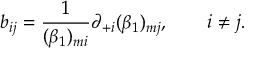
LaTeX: b _ { i j } = \frac { 1 } { ( \beta _ { 1 } ) _ { m i } } \partial _ { + i } ( \beta _ { 1 } ) _ { m j } , \qquad i \ne j .